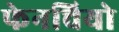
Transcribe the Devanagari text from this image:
फेनचियो